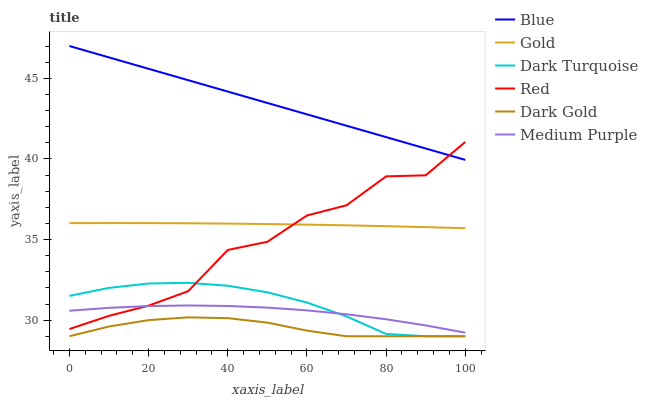
| xaxis_label | Blue | Gold | Dark Turquoise | Red | Dark Gold | Medium Purple |
 | --- | --- | --- | --- | --- | --- | --- |
 | 0 | 47 | 36 | 31.5 | 29.4 | 29 | 30.6 |
 | 10 | 46.3 | 36 | 32 | 30.3 | 29.6 | 30.8 |
 | 20 | 45.6 | 36 | 32.3 | 30.9 | 30 | 30.9 |
 | 30 | 44.9 | 36 | 32.3 | 31.8 | 30.2 | 30.9 |
 | 40 | 44.2 | 36 | 32.1 | 34.4 | 30.1 | 30.9 |
 | 50 | 43.5 | 36 | 31.7 | 34.9 | 29.8 | 30.8 |
 | 60 | 42.8 | 35.9 | 31.1 | 36.5 | 29.3 | 30.6 |
 | 70 | 42.1 | 35.9 | 30.2 | 37.1 | 29 | 30.4 |
 | 80 | 41.3 | 35.8 | 29.1 | 38.9 | 29 | 30.1 |
 | 90 | 40.6 | 35.8 | 29 | 39 | 29 | 29.7 |
 | 100 | 39.9 | 35.7 | 29 | 41.1 | 29 | 29.2 |